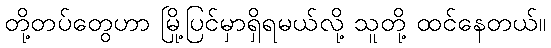
တို့တပ်တွေဟာ မြို့ပြင်မှာရှိရမယ်လို့ သူတို့ ထင်နေတယ်။